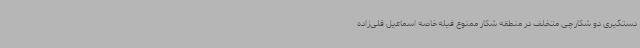
دستگیری دو شکارچی متخلف در منطقه شکار ممنوع فیله‌خاصه اسماعیل قلی‌زاده